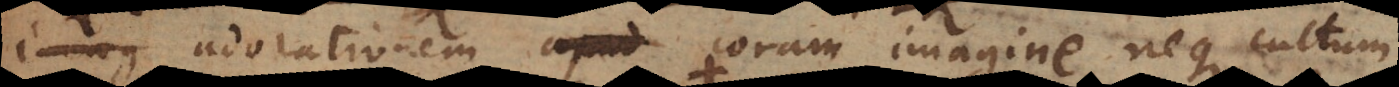
adorationem coram imagine, neque cultum